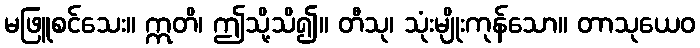
မဖြူစင်သေး။ ဣတိ၊ ဤသို့သိ၍။ တီသု၊ သုံးမျိုးကုန်သော။ တာသုယေဝ